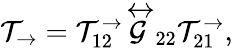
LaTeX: \mathcal{T}_{\rightarrow}=\mathcal{T}_{12}^{\rightarrow}\stackrel{\leftrightarrow}{\mathcal{G}}_{22}\mathcal{T}_{21}^{\rightarrow},